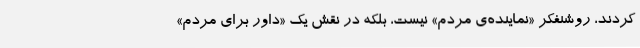
کردند، روشنفکر «نماینده‌ی مردم» نیست، بلکه در نقش یک «داور برای مردم»